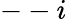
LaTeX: --i